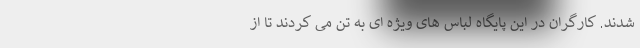
شدند. کارگران در این پایگاه لباس های ویژه ای به تن می کردند تا از